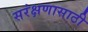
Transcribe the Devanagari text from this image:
सरंक्षणासाठी